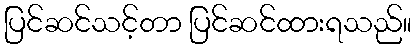
ပြင်ဆင်သင့်တာ ပြင်ဆင်ထားရသည်။